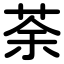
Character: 荼